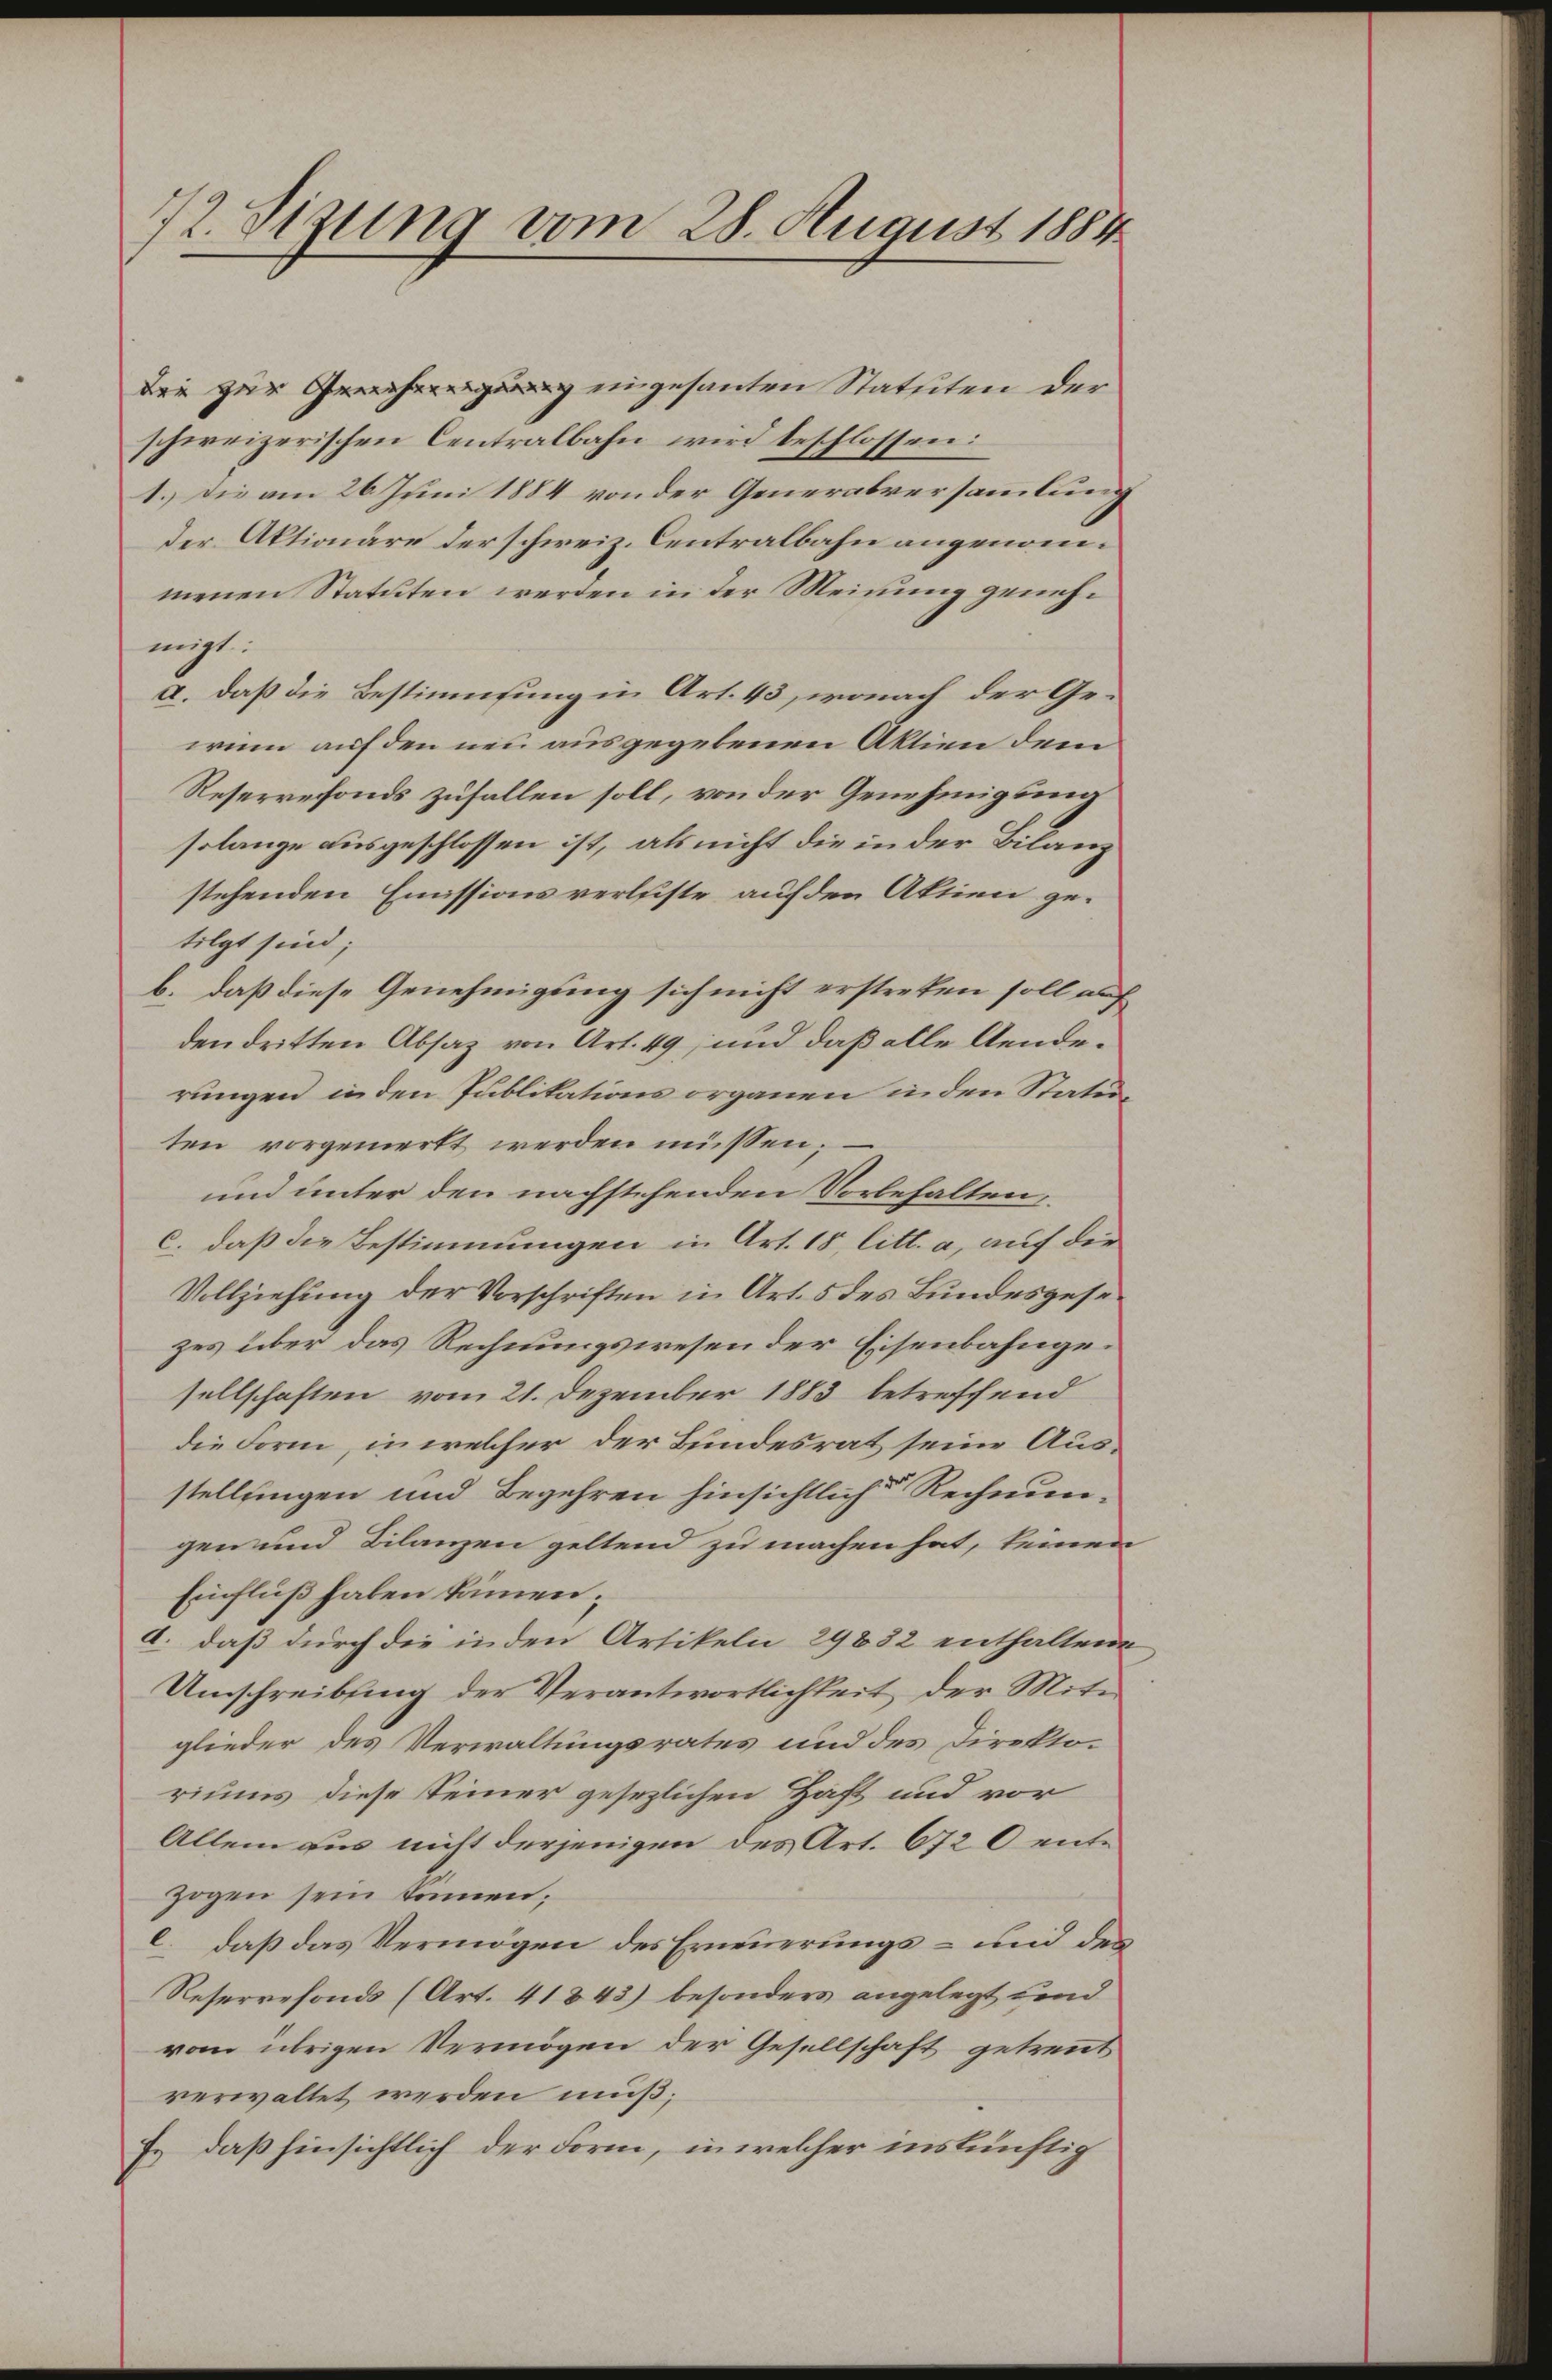
12. Sizung vom 28. August 1884

die zur eingesanten Statuten der
schweizerischen Centralbahn wird beschlossen:
1.) Die am 26. Juni 1884 von der Generalversammlung
der Aktionäre der schweiz. Centralbahn angenommenen Statuten werden in der Meinung genehmigt:
a. daß die Bestimmung in Art. 43, wonach der Gewinn auf den neu ausgegebenen Aktien dem
Reservefonds zufallen soll, von der Genehmigung
solange ausgeschlossen ist, als nicht die in der Bilanz
stehenden Emissionsverleiste auf den Aktien ge-
folgt sind;
b. daß diese Genehmigung sich nicht erstreten soll auf
den dritten Absatz von Art. 49, und daß alle Aenderungen in den Publikations organen in den Statuten vorgemerkt werden müssen;
und unter den nachstehenden Vorbehalten,
c. daß die Bestimmungen in Art. 18, litt. a, auf der
Vollziehung der Vorschriften in Art. 5 des Bundesgesezes über das Rechnungswesen der Eisenbahngesellschaften vom 21. Dezember 1883 betreffend
die Form, in welcher der Bundesrat seine Aus-
stellungen und Begehren hinsichtliche Rechnungen und Dilanzen geltend zu machen hat, keinen
Einfluß haben kämen;
a. daß durch die in den Artikeln 29832 enthaltene
Umschreibung der Verantwortlichkeit der Miter
glieder des Verwaltungsrates und des Direkto-
riums diese Seiner gesezlichen Haft und vor
Allem aus nicht derjenigen des Art. 672 0 entzogen sein können;
c. daß das Vermögen des Erneuerungs- und der
Reserrefonds (Art. 418 43) besonders angelegt und
vom übrigen Vermögen der Gesellschaft getrennt
verwaltet werden muß;
J. daß hinsichtlich der Form, in welcher inskünftig

e